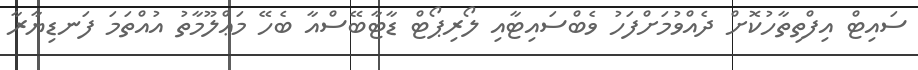
ސައިޓް އިފްތިތާހުކޮށް ދެއްވުމަށްފަހު ވެބްސައިޓާއި ލޯރިޕޯޓް ޑާޓާބޭސްއާ ބެހޭ މަޢްލޫމާތު އުއްތަމަ ފަނޑިޔާރާ